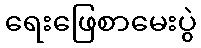
ရေးဖြေစာမေးပွဲ